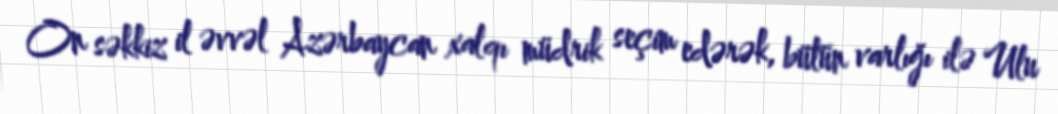
On səkkiz il əvvəl Azərbaycan xalqı müdrik seçim edərək, bütün varlığı ilə Ulu